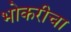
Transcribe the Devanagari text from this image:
भोकरीचा